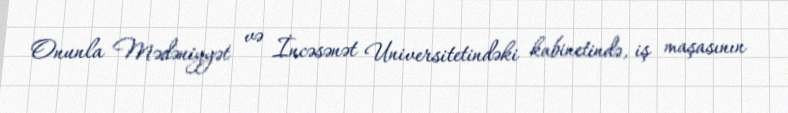
Onunla Mədəniyyət və İncəsənət Universitetindəki kabinetində, iş maşasının